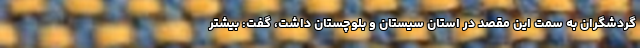
گردشگران به سمت این مقصد در استان سیستان و بلوچستان داشت، گفت: بیشتر